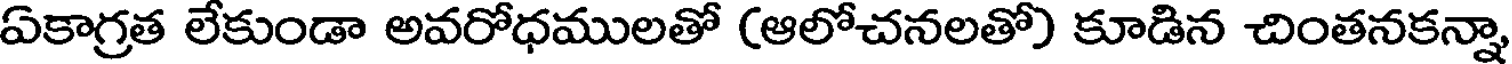
ఏకాగ్రత లేకుండా అవరోధములతో (ఆలోచనలతో) కూడిన చింతనకన్నా